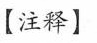
【注释】